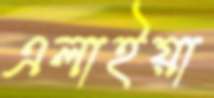
এলাইয়া